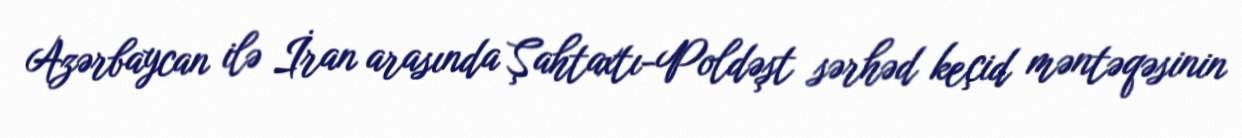
Azərbaycan ilə İran arasında Şahtaxtı-Poldəşt sərhəd keçid məntəqəsinin